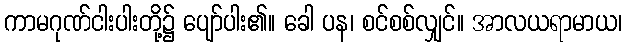
ကာမဂုဏ်ငါးပါးတို့၌ ပျော်ပါး၏။ ခေါ ပန၊ စင်စစ်လျှင်။ အာလယရာမာယ၊